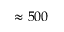
\approx 5 0 0